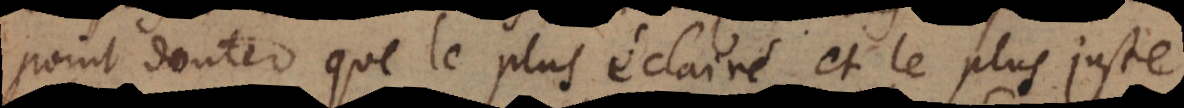
point douter que le plus éclairé et le plus juste